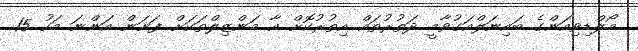
މޯލްޑިވިއަންގެ ބައިނަލްއަގުވާމީ ދަތުރުތައް އިތުރުކޮށް އާ މަންޒިލްތަކަށް ފަށަން އަންނަ މަހު 15